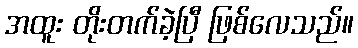
အထူး တိုးတက်ခဲ့ပြီ ဖြစ်လေသည်။